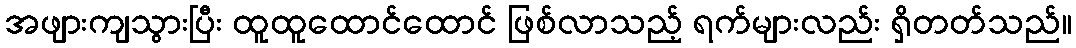
အဖျားကျသွားပြီး ထူထူထောင်ထောင် ဖြစ်လာသည့် ရက်များလည်း ရှိတတ်သည်။